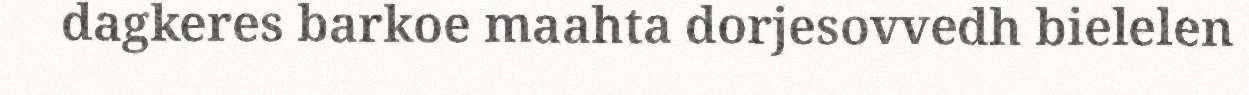
dagkeres barkoe maahta dorjesovvedh bielelen